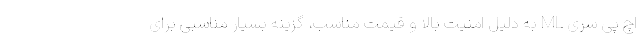
اچ پی سری ML به دلیل امنیت بالا و قیمت مناسب، گزینه بسیار مناسبی برای